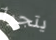
يتجرأ